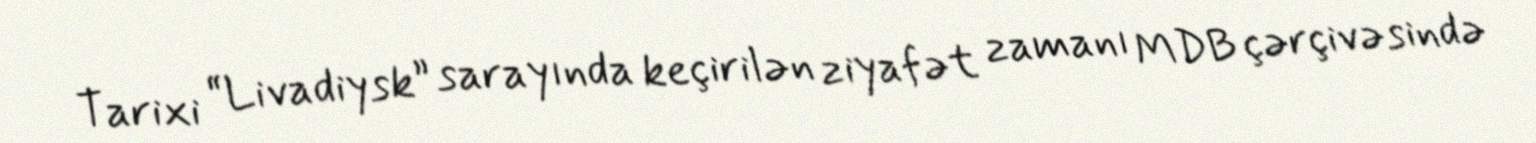
Tarixi “Livadiysk” sarayında keçirilən ziyafət zamanı MDB çərçivəsində